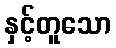
နှင့်တူသော